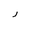
Letter: _ra